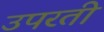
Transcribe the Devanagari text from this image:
उपरती